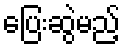
ပြေးဆွဲမည့်